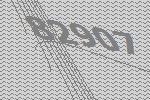
82907